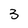
Character: 3